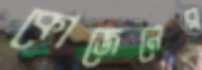
কোজেনের